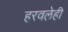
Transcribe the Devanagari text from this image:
हरवलेही